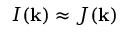
I ( \mathbf { k } ) \approx J ( \mathbf { k } )